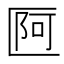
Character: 𠥍